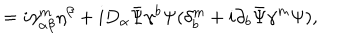
= i \gamma _ { \alpha \beta } ^ { m } \eta ^ { \beta } + i D _ { \alpha } \bar { \Psi } \gamma ^ { b } \Psi ( \delta _ { b } ^ { m } + i \partial _ { b } \bar { \Psi } \gamma ^ { m } \Psi ) ,